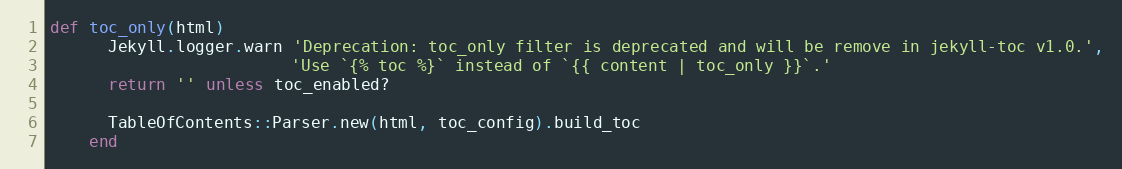
Language: Ruby
def toc_only(html)
      Jekyll.logger.warn 'Deprecation: toc_only filter is deprecated and will be remove in jekyll-toc v1.0.',
                         'Use `{% toc %}` instead of `{{ content | toc_only }}`.'
      return '' unless toc_enabled?

      TableOfContents::Parser.new(html, toc_config).build_toc
    end